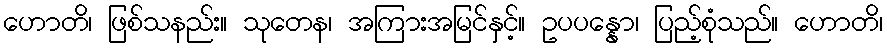
ဟောတိ၊ ဖြစ်သနည်း။ သုတေန၊ အကြားအမြင်နှင့်။ ဥပပန္နော၊ ပြည့်စုံသည်။ ဟောတိ၊